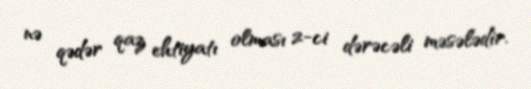
nə qədər qaz ehtiyatı olması 2-ci dərəcəli məsələdir.